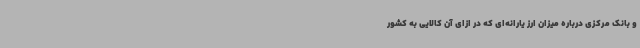
و بانک مرکزی درباره میزان ارز یارانه‌ای که در ازای آن کالایی به کشور